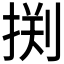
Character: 𰔂